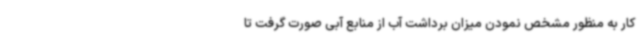
کار به منظور مشخص نمودن میزان برداشت آب از منابع آبی صورت گرفت تا